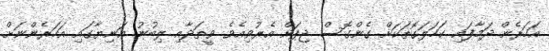
އަހަރެން ދަމާފައި ކަހަލަގޮތަކަށް ގެންގޮސް ޖިޕަށް އެރުވިއެވެ. ވީތަދާއި ލިބުނު އަނިޔާގައި އަހަރެންނަށް